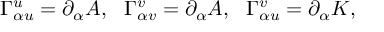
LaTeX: \Gamma _ { \alpha u } ^ { u } = \partial _ { \alpha } A , ~ ~ \Gamma _ { \alpha v } ^ { v } = \partial _ { \alpha } A , ~ ~ \Gamma _ { \alpha u } ^ { v } = \partial _ { \alpha } K ,